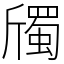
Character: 斶